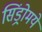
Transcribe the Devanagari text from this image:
सिंड्रोमये